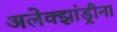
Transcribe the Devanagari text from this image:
अलेक्झांड्रीना